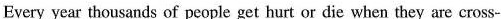
Every year thousands of people get hurt or die when they are cross-